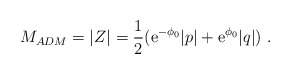
\begin{align*}M_{ADM} =|Z| = {1\over 2} ({\mbox{e}}^{-\phi_0} |p| + {\mbox{e}}^{\phi_0} |q|) \ .\end{align*}